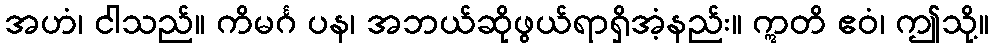
အဟံ၊ ငါသည်။ ကိမင်္ဂ ပန၊ အဘယ်ဆိုဖွယ်ရာရှိအံ့နည်း။ ဣတိ ဧဝံ၊ ဤသို့။